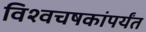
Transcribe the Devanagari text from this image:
विश्वचषकांपर्यंत